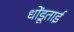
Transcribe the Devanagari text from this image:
धोंडूताई